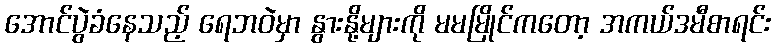
အောင်ပွဲခံနေသည့် ရေဘဝဲမှာ နွားနို့များကို မမမြိုင်ကတော့ အကယ်ဒမီစာရင်း